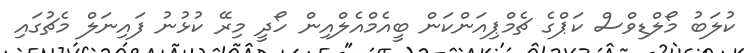
ކުލަބު މޯލްޑިވްސް ކަޕްގެ ޗެމްޕިއަންކަން ބީއެމްއެލްއިން ހޯދީ މިރޭ ކުޅުނު ފައިނަލް މެޗުގައި